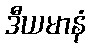
ဒီယမာနံ